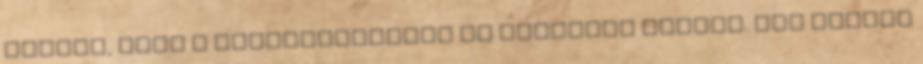
főnöke, hogy a szabadidejében is elérhető legyen. „Ez kicsit